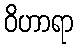
ဝိဟာရာ